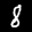
Label: 8